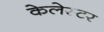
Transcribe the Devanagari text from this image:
केलेस्टर